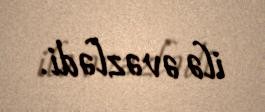
ilə əvəzlədi.